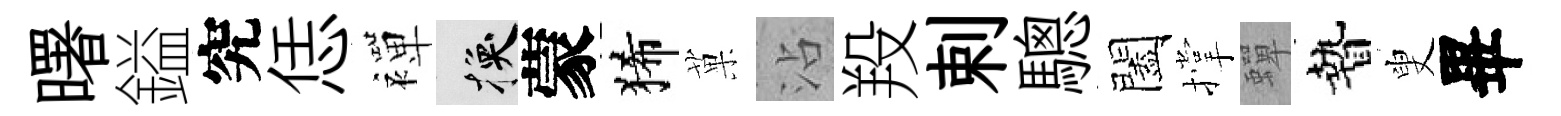
曙鎰究恁襌换蒙狶菓沾羖剌驄闔撑蟬贄叟畢